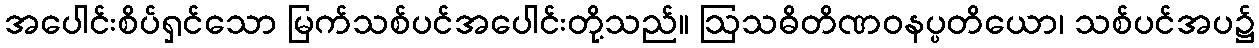
အပေါင်းစိပ်ရှင်သော မြက်သစ်ပင်အပေါင်းတို့သည်။ ဩသဓိတိဏဝနပ္ပတိယော၊ သစ်ပင်အပ၌